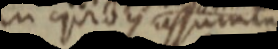
in quibus assumeu